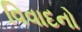
વિવાદનો